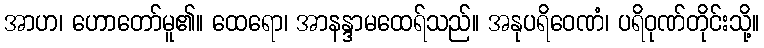
အာဟ၊ ဟောတော်မူ၏။ ထေရော၊ အာနန္ဒာမထေရ်သည်။ အနုပရိဝေဏံ၊ ပရိဝုဏ်တိုင်းသို့။